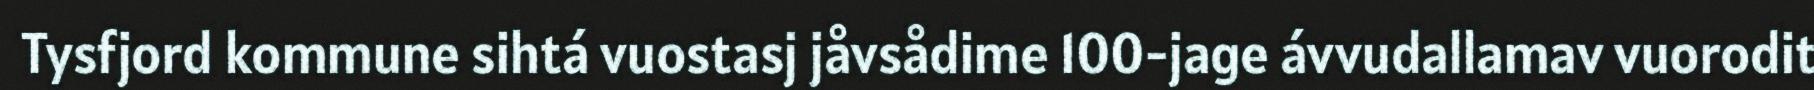
Tysfjord kommune sihtá vuostasj jåvsådime 100-jage ávvudallamav vuorodit